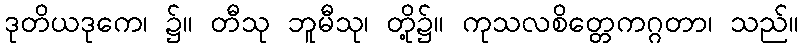
ဒုတိယဒုကေ၊ ၌။ တီသု ဘူမီသု၊ တို့၌။ ကုသလစိတ္တေကဂ္ဂတာ၊ သည်။